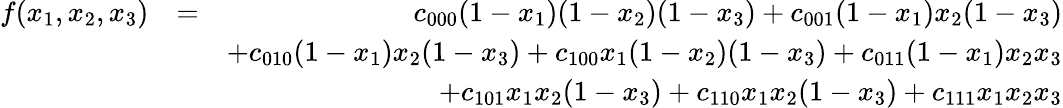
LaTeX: \begin{array}{rlr}{f(x_{1},x_{2},x_{3})}&{=}&{c_{000}(1-x_{1})(1-x_{2})(1-x_{3})+c_{001}(1-x_{1})x_{2}(1-x_{3})}\\ &{}&{+c_{010}(1-x_{1})x_{2}(1-x_{3})+c_{100}x_{1}(1-x_{2})(1-x_{3})+c_{011}(1-x_{1})x_{2}x_{3}}\\ &{}&{+c_{101}x_{1}x_{2}(1-x_{3})+c_{110}x_{1}x_{2}(1-x_{3})+c_{111}x_{1}x_{2}x_{3}}\end{array}